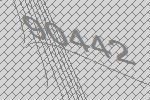
90442